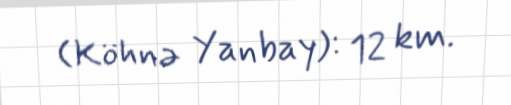
(Köhnə Yanbay): 12 km.